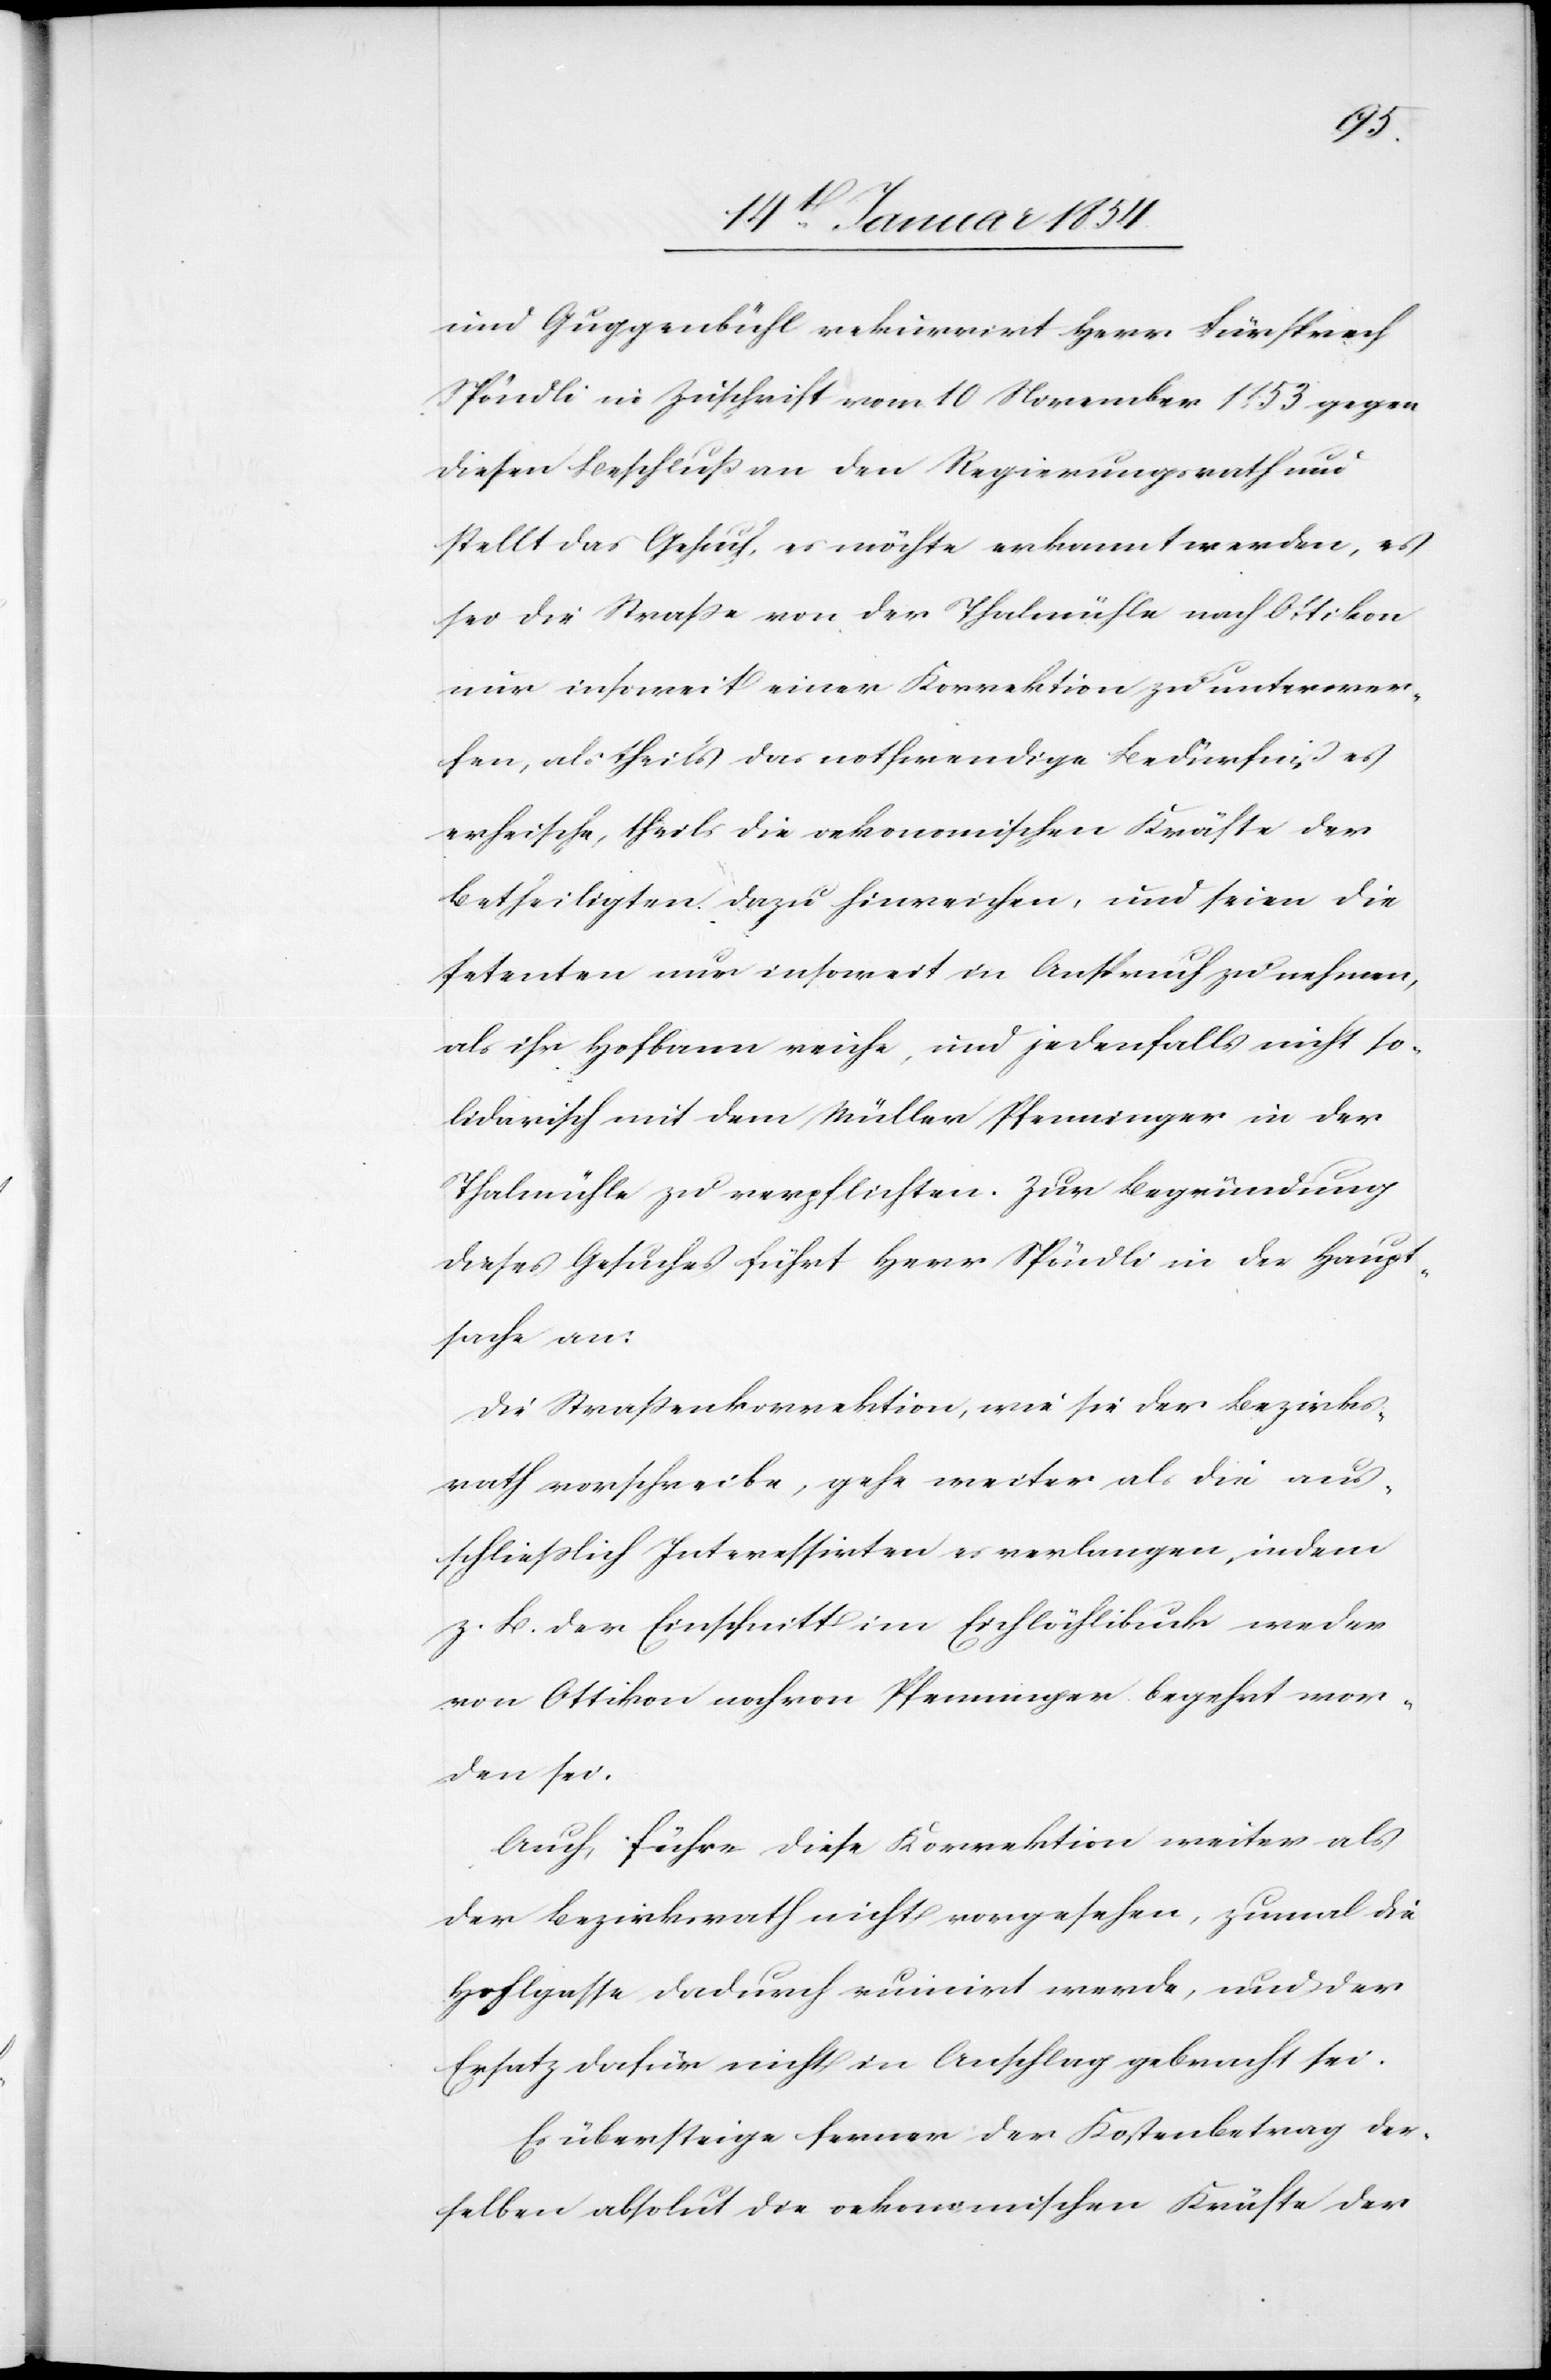
und Guggenbühl rekurrirt Herr Fürsprech
Spöndli in Zuschrift vom 10 November 1853 gegen
diesen Beschluß an den Regierungsrath und
stellt das Gesuch, es möchte erkannt werden, es
sei die Straße von der Thalmühle nach Ottikon
nur insoweit einer Korrektion zu unterwer¬
fen, als theils das nothwendige Bedürfniß es
erheische, theils die oekonomischen Kräfte der
Betheiligten dazu hinreichen, und seien die
Petenten nur insoweit in Anspruch zu nehmen,
als ihr Hofbann reiche, und jedenfalls nicht so¬
lidarisch mit dem Müller Pfenninger in der
Thalmühle zu verpflichten. Zur Begründung
dieses Gesuches führt Herr Spöndli in der Haupt¬
sache an:
Die Straßenkorrektion, wie sie der Bezirks¬
rath vorschreibe, gehe weiter als die aus¬
schließlich Interessirten es verlangen, indem
z. B. der Einschnitt im Eichlöchlibuck weder
von Ottikon noch von Pfenninger begehrt wor¬
den sei.
Auch führe diese Korrektion weiter als
der Bezirksrath nicht vorgesehen, zumal die
Hohlgasse dadurch ruinirt werde, und der
Ersatz dafür nicht in Anschlag gebracht sei.
Es übersteige ferner der Kostenbetrag der¬
selben absolut die oekonomischen Kräfte der